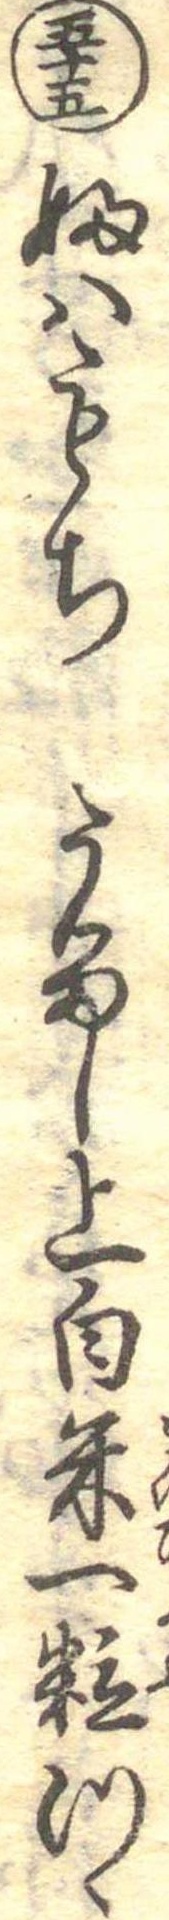
五十五ふはもちうるし上白米一粒つゝ